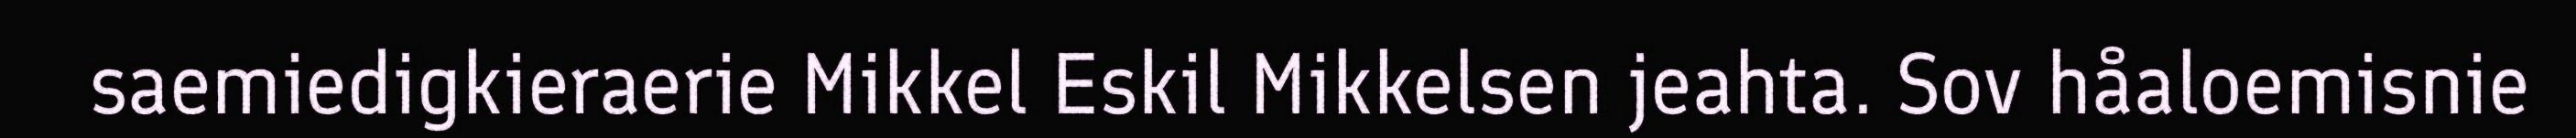
saemiedigkieraerie Mikkel Eskil Mikkelsen jeahta. Sov håaloemisnie